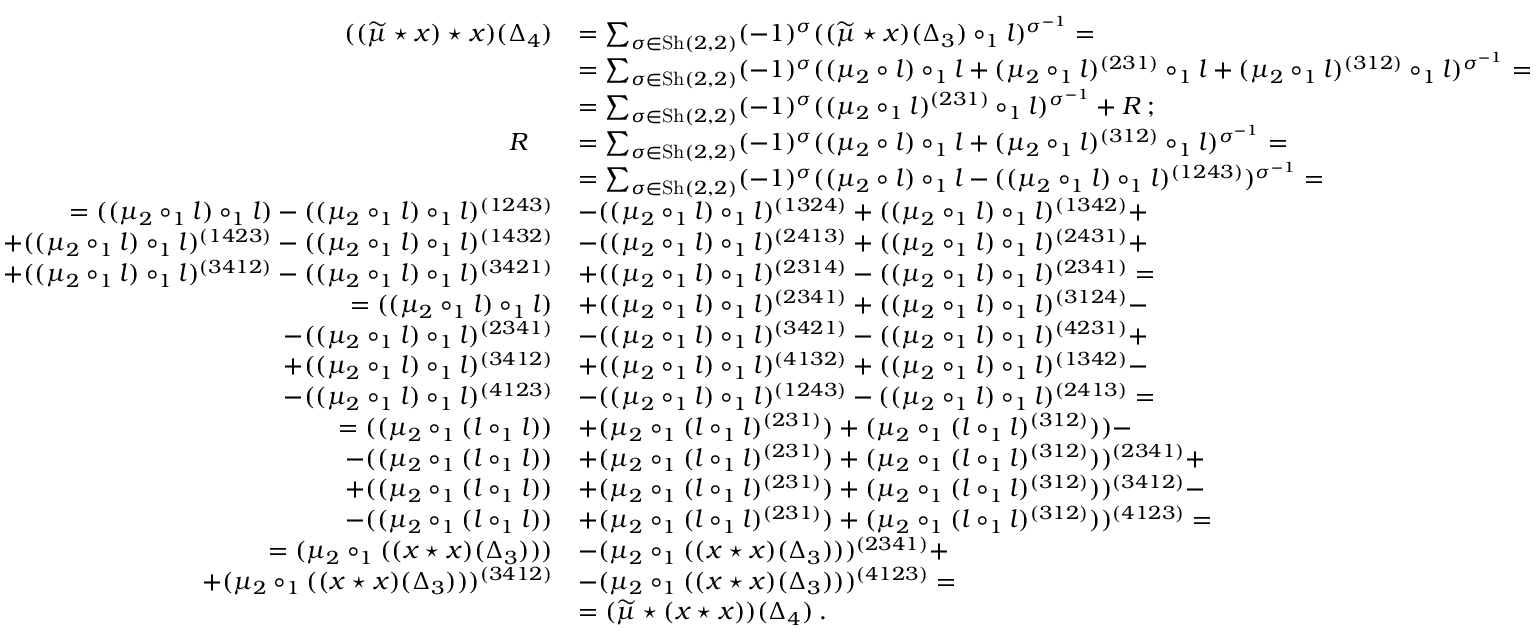
\begin{array} { r l } { ( ( \widetilde { \mu } \star x ) \star x ) ( \Delta _ { 4 } ) } & { = \sum _ { \sigma \in \mathrm { S h } ( 2 , 2 ) } ( - 1 ) ^ { \sigma } ( ( \widetilde { \mu } \star x ) ( \Delta _ { 3 } ) \circ _ { 1 } l ) ^ { \sigma ^ { - 1 } } = } \\ & { = \sum _ { \sigma \in \mathrm { S h } ( 2 , 2 ) } ( - 1 ) ^ { \sigma } ( ( \mu _ { 2 } \circ l ) \circ _ { 1 } l + ( \mu _ { 2 } \circ _ { 1 } l ) ^ { ( 2 3 1 ) } \circ _ { 1 } l + ( \mu _ { 2 } \circ _ { 1 } l ) ^ { ( 3 1 2 ) } \circ _ { 1 } l ) ^ { \sigma ^ { - 1 } } = } \\ & { = \sum _ { \sigma \in \mathrm { S h } ( 2 , 2 ) } ( - 1 ) ^ { \sigma } ( ( \mu _ { 2 } \circ _ { 1 } l ) ^ { ( 2 3 1 ) } \circ _ { 1 } l ) ^ { \sigma ^ { - 1 } } + R \: ; } \\ { R \quad } & { = \sum _ { \sigma \in \mathrm { S h } ( 2 , 2 ) } ( - 1 ) ^ { \sigma } ( ( \mu _ { 2 } \circ l ) \circ _ { 1 } l + ( \mu _ { 2 } \circ _ { 1 } l ) ^ { ( 3 1 2 ) } \circ _ { 1 } l ) ^ { \sigma ^ { - 1 } } = } \\ & { = \sum _ { \sigma \in \mathrm { S h } ( 2 , 2 ) } ( - 1 ) ^ { \sigma } ( ( \mu _ { 2 } \circ l ) \circ _ { 1 } l - ( ( \mu _ { 2 } \circ _ { 1 } l ) \circ _ { 1 } l ) ^ { ( 1 2 4 3 ) } ) ^ { \sigma ^ { - 1 } } = } \\ { = ( ( \mu _ { 2 } \circ _ { 1 } l ) \circ _ { 1 } l ) - ( ( \mu _ { 2 } \circ _ { 1 } l ) \circ _ { 1 } l ) ^ { ( 1 2 4 3 ) } } & { - ( ( \mu _ { 2 } \circ _ { 1 } l ) \circ _ { 1 } l ) ^ { ( 1 3 2 4 ) } + ( ( \mu _ { 2 } \circ _ { 1 } l ) \circ _ { 1 } l ) ^ { ( 1 3 4 2 ) } + } \\ { + ( ( \mu _ { 2 } \circ _ { 1 } l ) \circ _ { 1 } l ) ^ { ( 1 4 2 3 ) } - ( ( \mu _ { 2 } \circ _ { 1 } l ) \circ _ { 1 } l ) ^ { ( 1 4 3 2 ) } } & { - ( ( \mu _ { 2 } \circ _ { 1 } l ) \circ _ { 1 } l ) ^ { ( 2 4 1 3 ) } + ( ( \mu _ { 2 } \circ _ { 1 } l ) \circ _ { 1 } l ) ^ { ( 2 4 3 1 ) } + } \\ { + ( ( \mu _ { 2 } \circ _ { 1 } l ) \circ _ { 1 } l ) ^ { ( 3 4 1 2 ) } - ( ( \mu _ { 2 } \circ _ { 1 } l ) \circ _ { 1 } l ) ^ { ( 3 4 2 1 ) } } & { + ( ( \mu _ { 2 } \circ _ { 1 } l ) \circ _ { 1 } l ) ^ { ( 2 3 1 4 ) } - ( ( \mu _ { 2 } \circ _ { 1 } l ) \circ _ { 1 } l ) ^ { ( 2 3 4 1 ) } = } \\ { = ( ( \mu _ { 2 } \circ _ { 1 } l ) \circ _ { 1 } l ) } & { + ( ( \mu _ { 2 } \circ _ { 1 } l ) \circ _ { 1 } l ) ^ { ( 2 3 4 1 ) } + ( ( \mu _ { 2 } \circ _ { 1 } l ) \circ _ { 1 } l ) ^ { ( 3 1 2 4 ) } - } \\ { - ( ( \mu _ { 2 } \circ _ { 1 } l ) \circ _ { 1 } l ) ^ { ( 2 3 4 1 ) } } & { - ( ( \mu _ { 2 } \circ _ { 1 } l ) \circ _ { 1 } l ) ^ { ( 3 4 2 1 ) } - ( ( \mu _ { 2 } \circ _ { 1 } l ) \circ _ { 1 } l ) ^ { ( 4 2 3 1 ) } + } \\ { + ( ( \mu _ { 2 } \circ _ { 1 } l ) \circ _ { 1 } l ) ^ { ( 3 4 1 2 ) } } & { + ( ( \mu _ { 2 } \circ _ { 1 } l ) \circ _ { 1 } l ) ^ { ( 4 1 3 2 ) } + ( ( \mu _ { 2 } \circ _ { 1 } l ) \circ _ { 1 } l ) ^ { ( 1 3 4 2 ) } - } \\ { - ( ( \mu _ { 2 } \circ _ { 1 } l ) \circ _ { 1 } l ) ^ { ( 4 1 2 3 ) } } & { - ( ( \mu _ { 2 } \circ _ { 1 } l ) \circ _ { 1 } l ) ^ { ( 1 2 4 3 ) } - ( ( \mu _ { 2 } \circ _ { 1 } l ) \circ _ { 1 } l ) ^ { ( 2 4 1 3 ) } = } \\ { = ( ( \mu _ { 2 } \circ _ { 1 } ( l \circ _ { 1 } l ) ) } & { + ( \mu _ { 2 } \circ _ { 1 } ( l \circ _ { 1 } l ) ^ { ( 2 3 1 ) } ) + ( \mu _ { 2 } \circ _ { 1 } ( l \circ _ { 1 } l ) ^ { ( 3 1 2 ) } ) ) - } \\ { - ( ( \mu _ { 2 } \circ _ { 1 } ( l \circ _ { 1 } l ) ) } & { + ( \mu _ { 2 } \circ _ { 1 } ( l \circ _ { 1 } l ) ^ { ( 2 3 1 ) } ) + ( \mu _ { 2 } \circ _ { 1 } ( l \circ _ { 1 } l ) ^ { ( 3 1 2 ) } ) ) ^ { ( 2 3 4 1 ) } + } \\ { + ( ( \mu _ { 2 } \circ _ { 1 } ( l \circ _ { 1 } l ) ) } & { + ( \mu _ { 2 } \circ _ { 1 } ( l \circ _ { 1 } l ) ^ { ( 2 3 1 ) } ) + ( \mu _ { 2 } \circ _ { 1 } ( l \circ _ { 1 } l ) ^ { ( 3 1 2 ) } ) ) ^ { ( 3 4 1 2 ) } - } \\ { - ( ( \mu _ { 2 } \circ _ { 1 } ( l \circ _ { 1 } l ) ) } & { + ( \mu _ { 2 } \circ _ { 1 } ( l \circ _ { 1 } l ) ^ { ( 2 3 1 ) } ) + ( \mu _ { 2 } \circ _ { 1 } ( l \circ _ { 1 } l ) ^ { ( 3 1 2 ) } ) ) ^ { ( 4 1 2 3 ) } = } \\ { = ( \mu _ { 2 } \circ _ { 1 } ( ( x \star x ) ( \Delta _ { 3 } ) ) ) } & { - ( \mu _ { 2 } \circ _ { 1 } ( ( x \star x ) ( \Delta _ { 3 } ) ) ) ^ { ( 2 3 4 1 ) } + } \\ { + ( \mu _ { 2 } \circ _ { 1 } ( ( x \star x ) ( \Delta _ { 3 } ) ) ) ^ { ( 3 4 1 2 ) } } & { - ( \mu _ { 2 } \circ _ { 1 } ( ( x \star x ) ( \Delta _ { 3 } ) ) ) ^ { ( 4 1 2 3 ) } = } \\ & { = ( \widetilde { \mu } \star ( x \star x ) ) ( \Delta _ { 4 } ) \: . } \end{array}